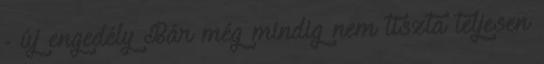
- új engedély Bár még mindig nem tiszta teljesen